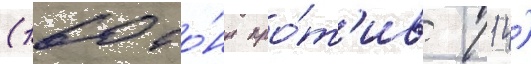
(160 то́нн про́т'ив 114)